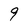
Character: 9